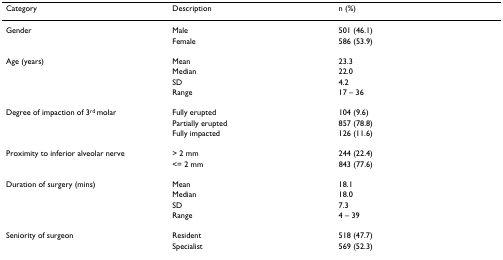
<table><thead><tr><td><b>Category</b></td><td><b>Description</b></td><td><b>n (%)</b></td></tr></thead><tbody><tr><td>Gender</td><td>Male</td><td>501 (46.1)</td></tr><tr><td></td><td>Female</td><td>586 (53.9)</td></tr><tr><td>Age (years)</td><td>Mean</td><td>23.3</td></tr><tr><td></td><td>Median</td><td>22.0</td></tr><tr><td></td><td>SD</td><td>4.2</td></tr><tr><td></td><td>Range</td><td>17 – 36</td></tr><tr><td>Degree of impaction of 3<sup>rd </sup>molar</td><td>Fully erupted</td><td>104 (9.6)</td></tr><tr><td></td><td>Partially erupted</td><td>857 (78.8)</td></tr><tr><td></td><td>Fully impacted</td><td>126 (11.6)</td></tr><tr><td>Proximity to inferior alveolar nerve</td><td>&gt; 2 mm</td><td>244 (22.4)</td></tr><tr><td></td><td>&lt;= 2 mm</td><td>843 (77.6)</td></tr><tr><td>Duration of surgery (mins)</td><td>Mean</td><td>18.1</td></tr><tr><td></td><td>Median</td><td>18.0</td></tr><tr><td></td><td>SD</td><td>7.3</td></tr><tr><td></td><td>Range</td><td>4 – 39</td></tr><tr><td>Seniority of surgeon</td><td>Resident</td><td>518 (47.7)</td></tr><tr><td></td><td>Specialist</td><td>569 (52.3)</td></tr></tbody></table>